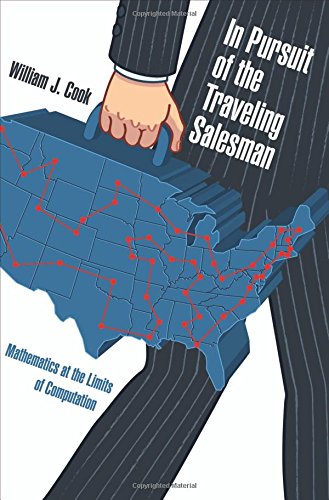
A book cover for In Pursuit of the Traveling Salesman: Mathematics at the Limits of Computation; William J. Cook; Humor & Entertainment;